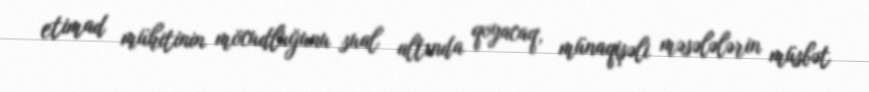
etimad mühitinin möcudluğunu sual altında qoyacaq, münaqişəli məsələlərin müsbət